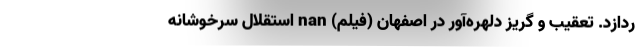
ردازد. تعقیب و گریز دلهره‌آور در اصفهان (فیلم) nan استقلال سرخوشانه